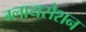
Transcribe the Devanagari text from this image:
ग्लायसेशन